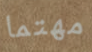
مهتما